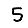
Digit: 5